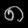
Digit: ၈